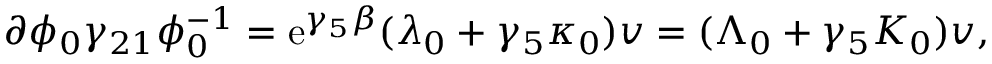
\partial \phi _ { 0 } \gamma _ { 2 1 } \phi _ { 0 } ^ { - 1 } = \mathrm { e } ^ { \gamma _ { 5 } \beta } ( \lambda _ { 0 } + \gamma _ { 5 } \kappa _ { 0 } ) v = ( \Lambda _ { 0 } + \gamma _ { 5 } K _ { 0 } ) v ,